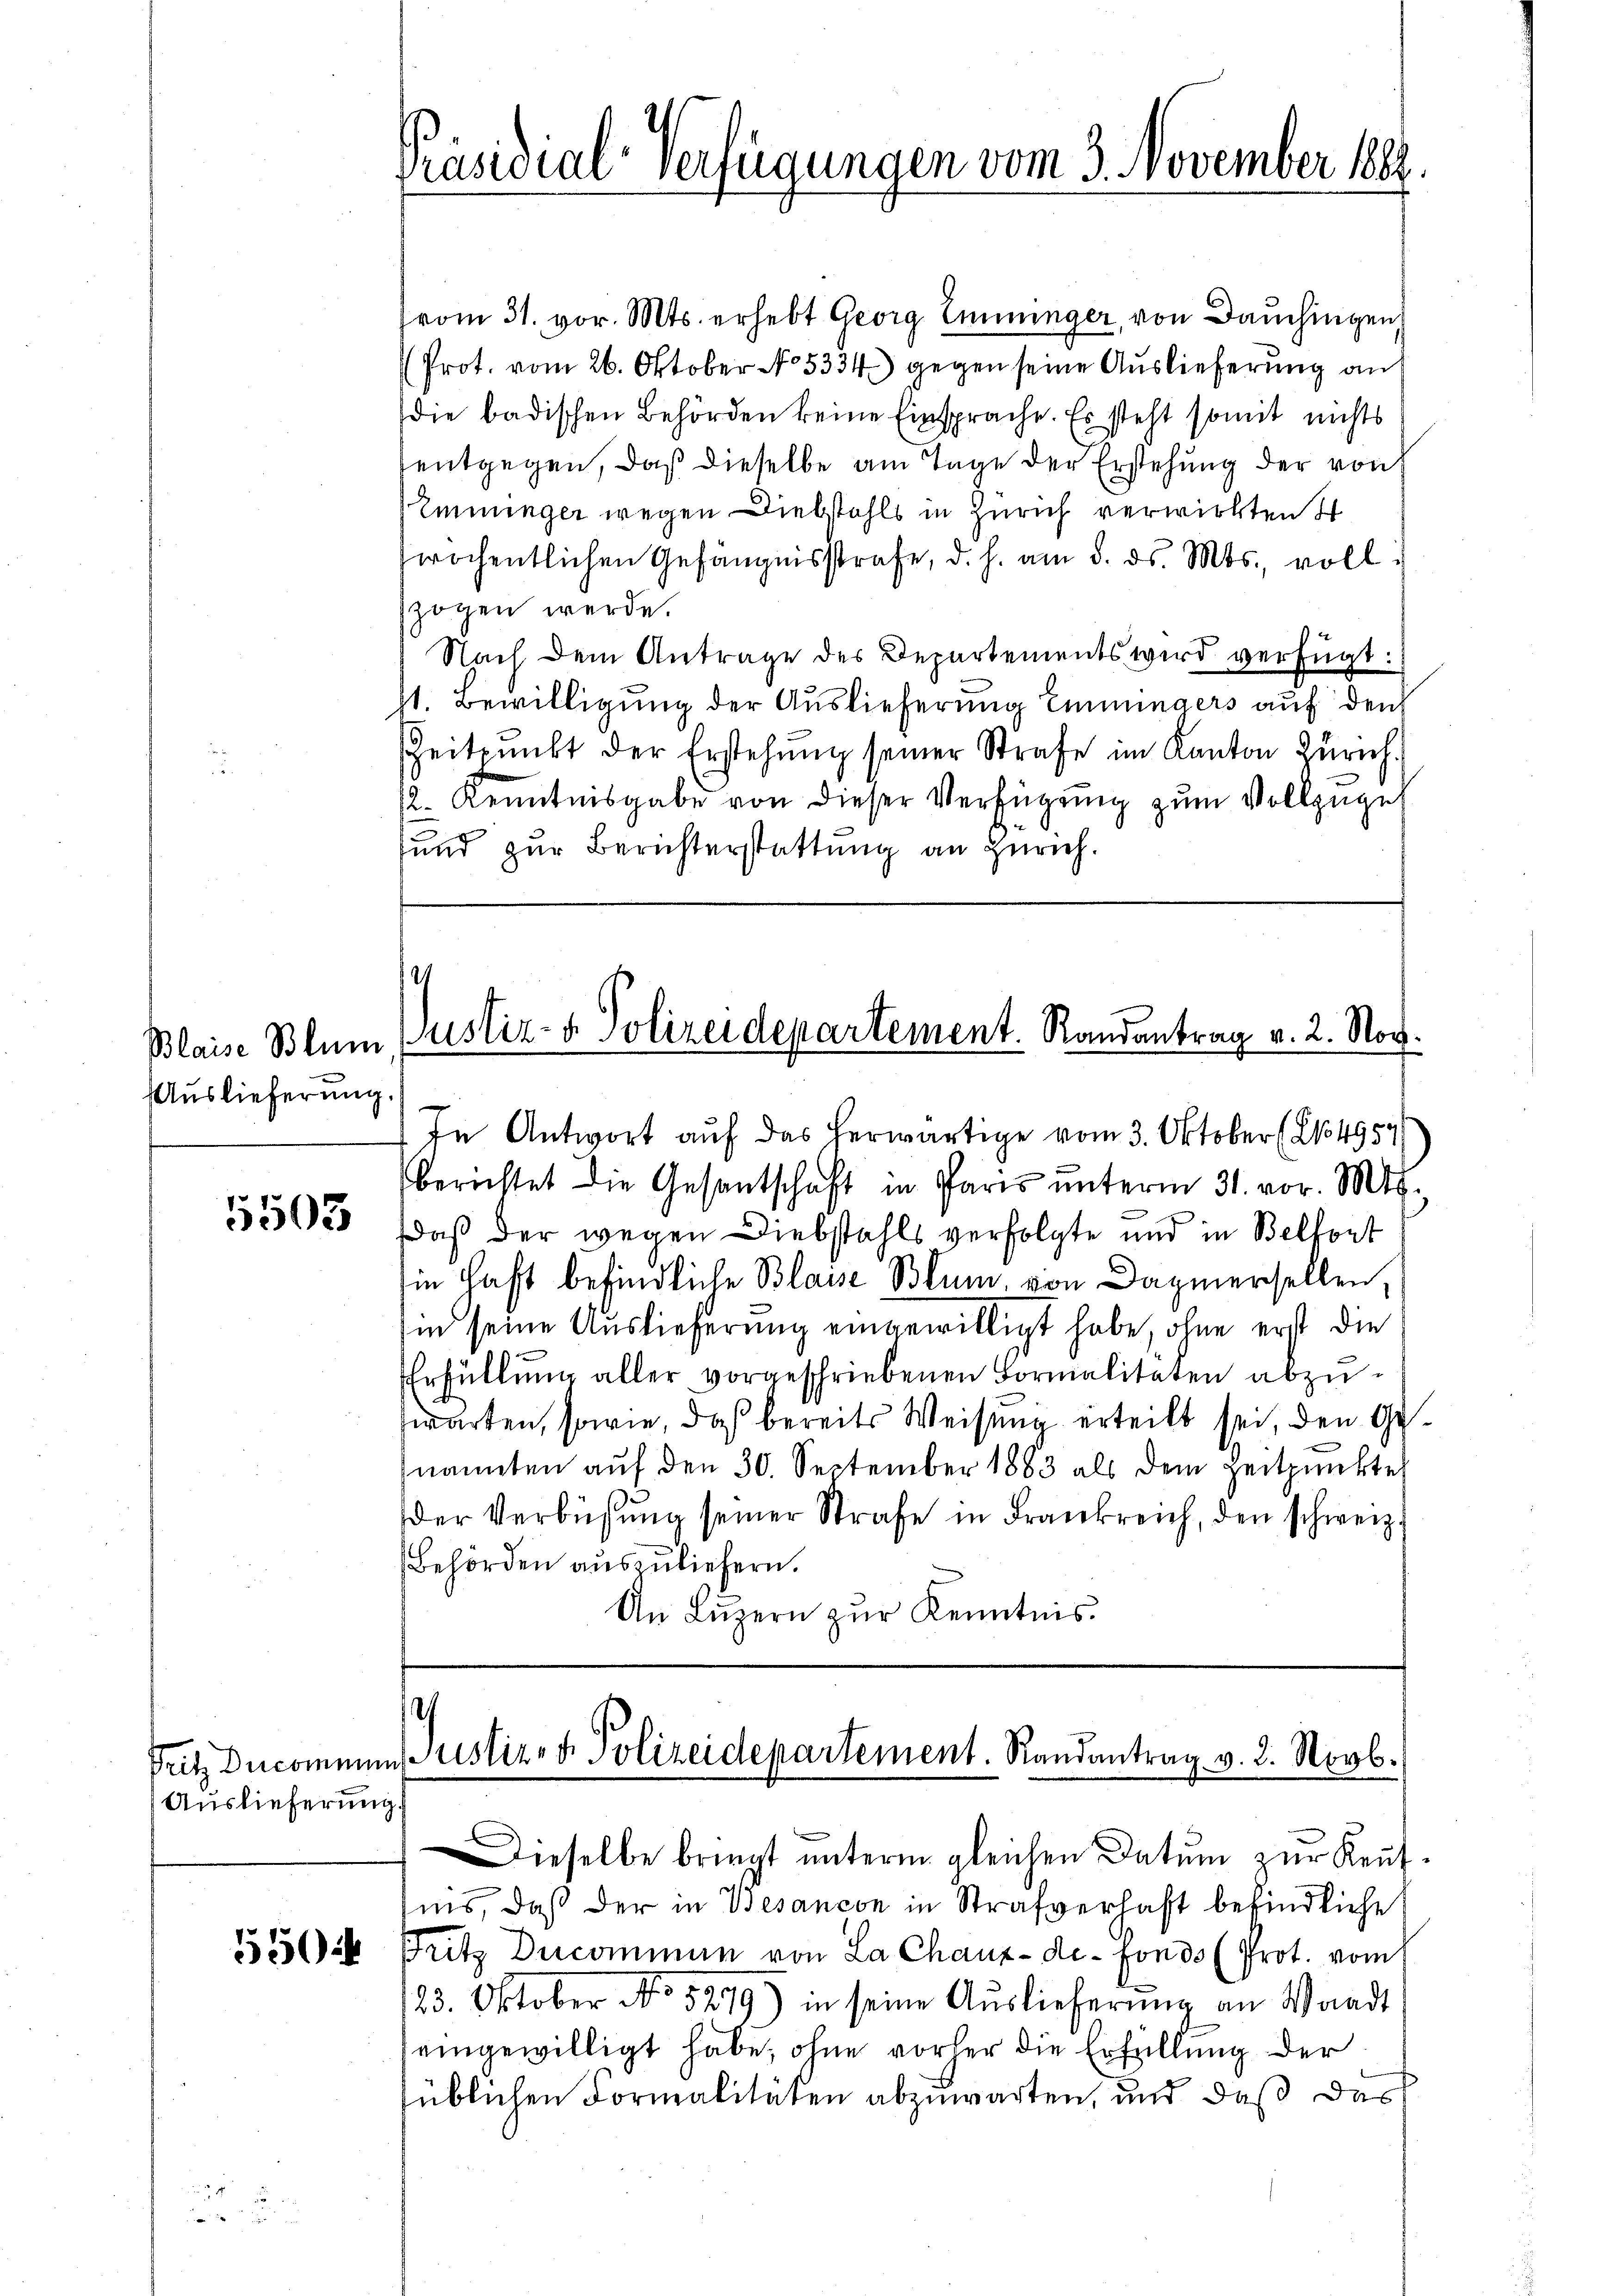
Auslieferung.

5505

Auslieferung

550

Präsidial-Verfügungen vom 3. November 1884.

vom 31. vor. Mts. erhebt Georg Emininger, von Bauchingen
Prot. vom 26. Oktober No. 5334) gegen seine Auslieferung an
die badischen Behörden keine Einsprache. Er steht somit nichts
entgegen, daß dieselbe am Tage der Erstehung der von
Emminger wegen Diebstahls in Zürich verwirkten I
wöchentlichen Gefängnisstrafe, d. h. am 8. ds. Mts., voll
zogen werde.
Nach dem Antrage des Departements wird verfügt:
st. Bewilligung der Auslieferung Emmingers auf den
Zeitpunkt der Erstehung seiner Strafe im Kanton Zürich.
12. Kenntnisgabe von dieser Verfügung zum Vollzugeh
sund zur Berichterstattung an Zürich.

Blaise Blum, Pustiz- & Polizeidepartement. Randantrag v. 2. Nov.
) In Antwort auf das herwärtige vom 3. Oktober (21. 4954

s
Pritz Ducommun ustiz- & Polizeidepartement. Randantrag v. 2. Novb.

berichtet die Gesantschaft in Paris unterm 31. vor. Mts.
daß der wegen Diebstahls verfolgte und in Belfort
hin haft befindliche Blasse Blum, von Daziersellen,
hin seine Auslieferung eingewilligt habe, ohne erst die
Erfüllung aller vorgeschriebenen Formalitäten abzuwarten, sowie, daß bereits Weisung erteilt sei, den Genannten auf den 30. September 1883 als dem Zeitpunkte
der Verbüsŭng seiner Strafe in Frankreich, den schweiz.
Behörden auszuliefern.
An Lŭzern zŭr Kenntnis.

Dieselbe bringt unterm gleichen Datum zur Keutnis, daß der in Besancon in Strafverhaft befindliche
Fritz Ducominum von La Chaux-de-Fonds (Prot. vom
/23. Oktober No. 5279) in seine Auslieferung an Waadt
eingewilligt habe, ohne vorher die Erfüllung der
süblichen Formalitäten abzuwarten, und daß das